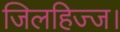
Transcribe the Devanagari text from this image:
जिलहिज्ज।